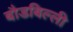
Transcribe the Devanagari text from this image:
बौडबिल्ली